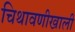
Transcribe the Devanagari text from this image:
चिथावणीखाली